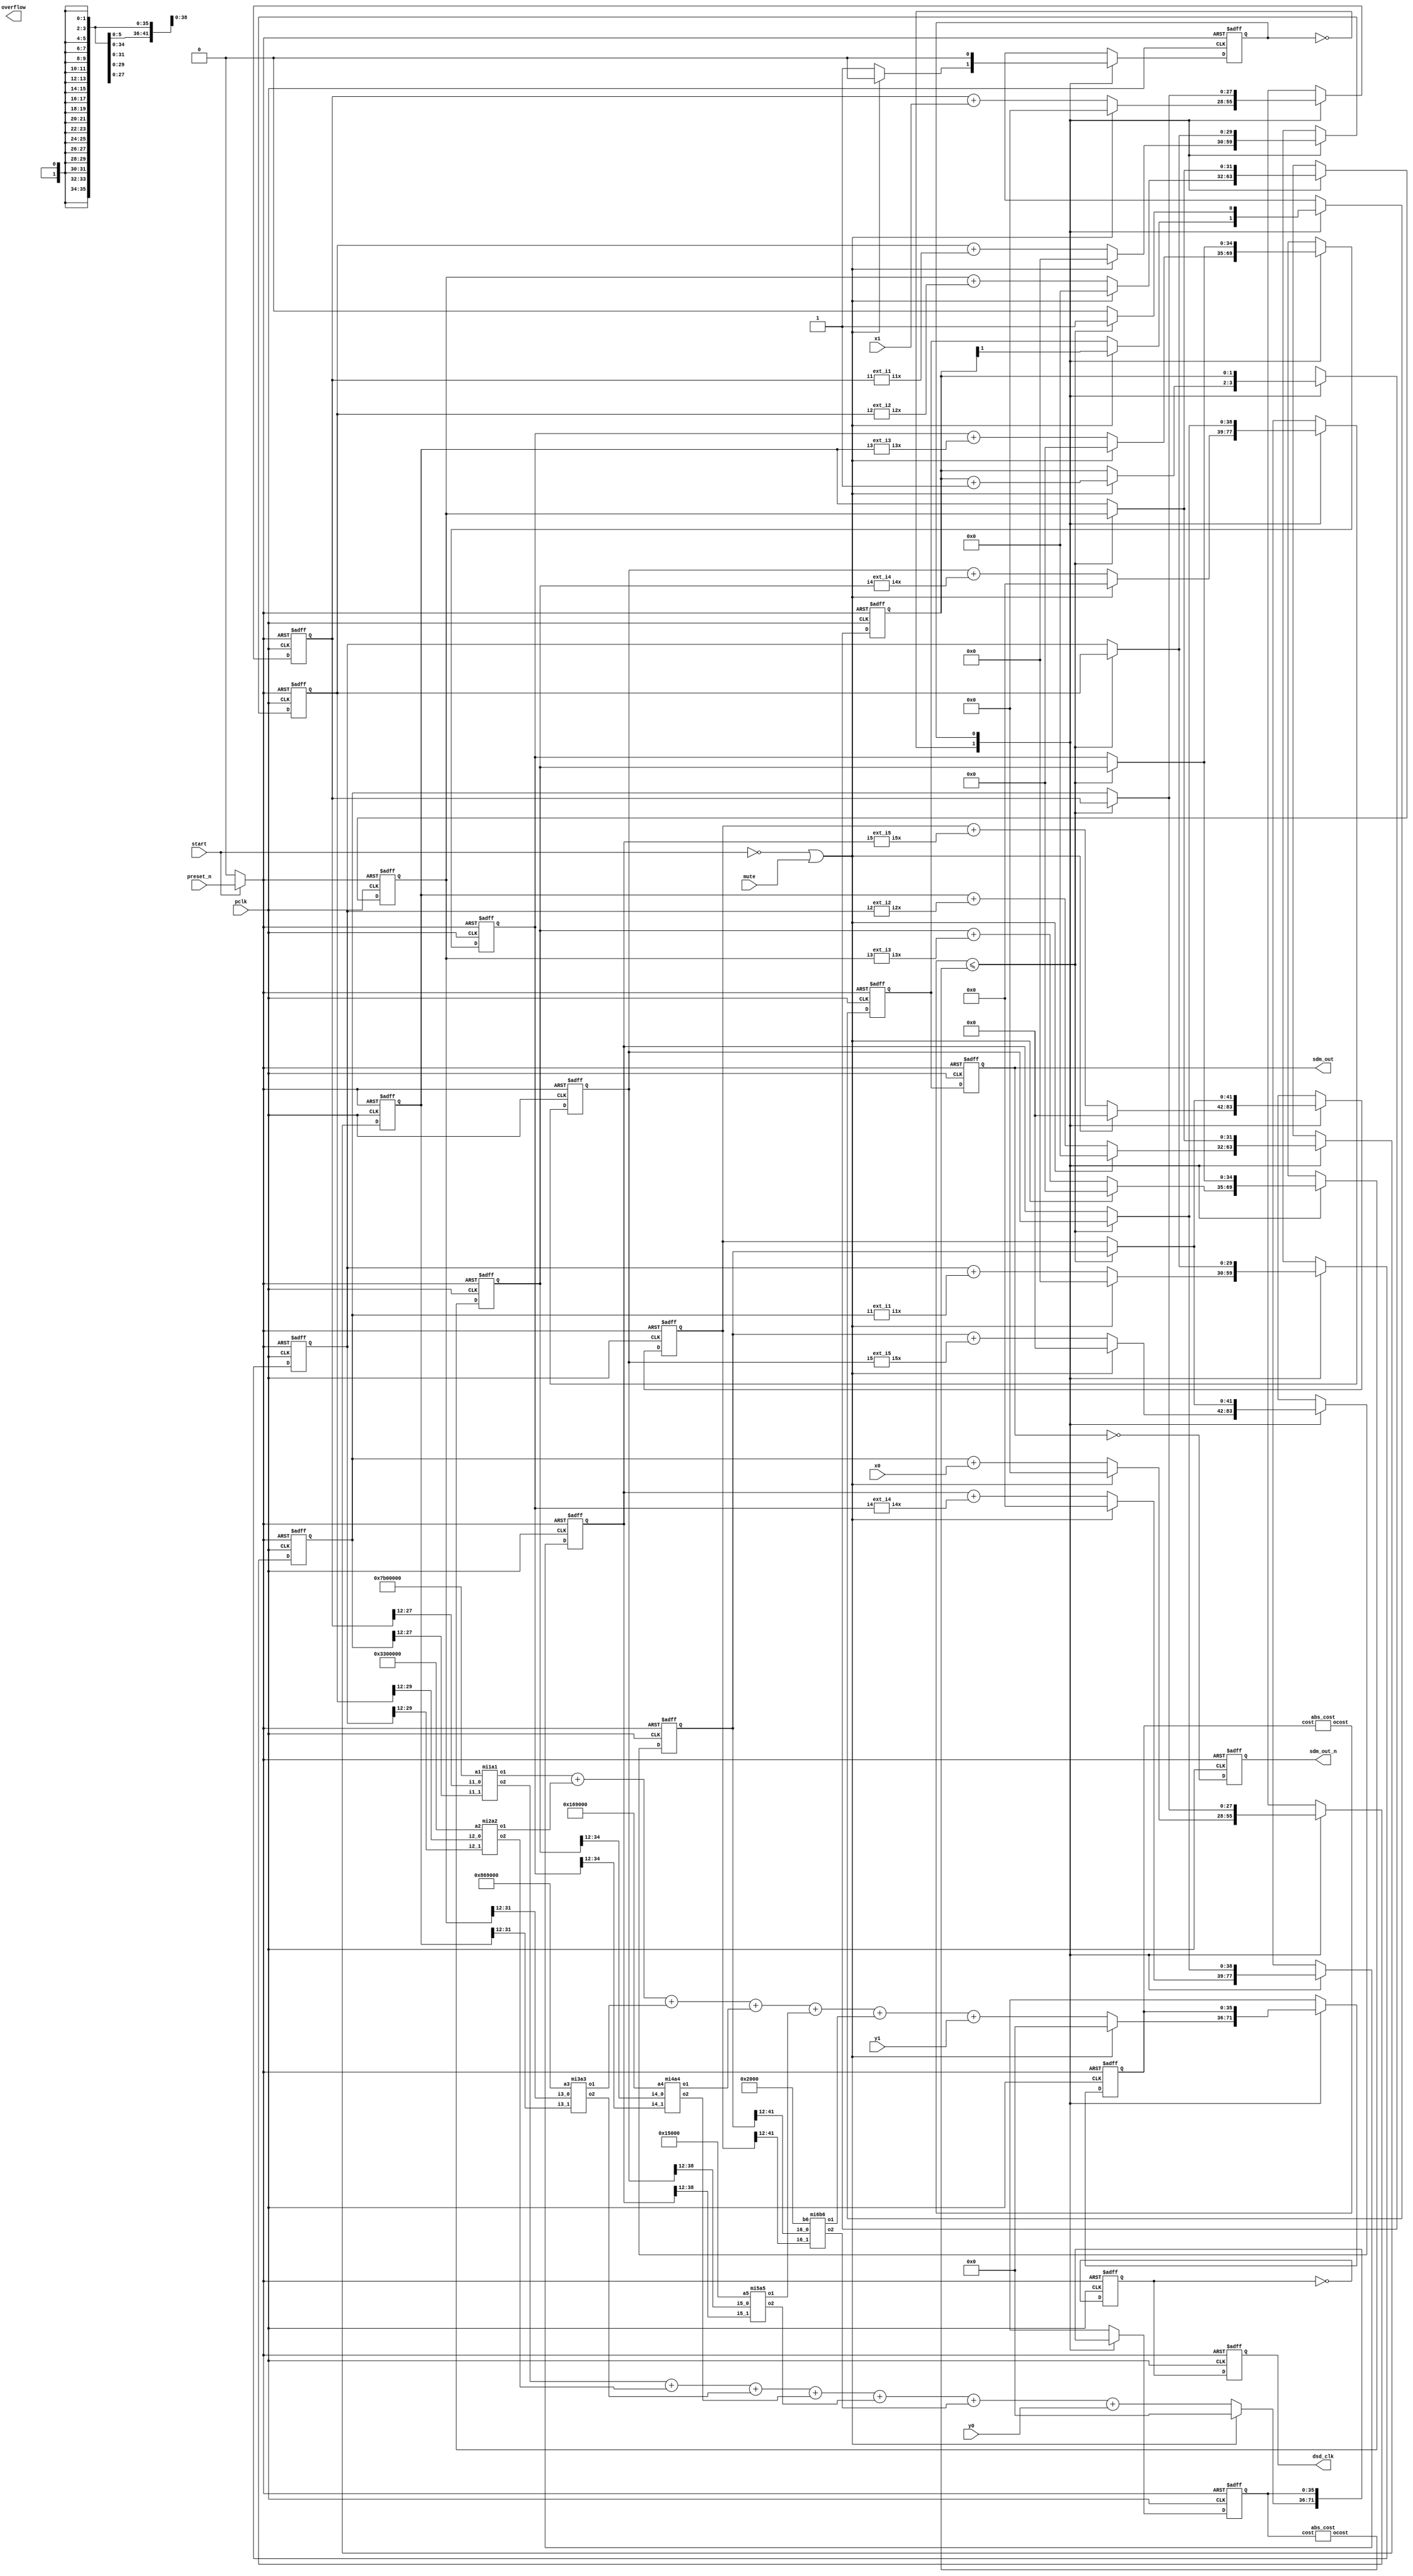

//
//max i1-i6: 2 6 2B 15C C46 7347
//max cost: 12
// a1=7b, a2=33, a3=869, a4=169, a5=15; 
////THD=-187.573323
//b1=0x4F; b2=0x2C; b3=0x713; b4=0x156; b5=0x13;
//b6=0x2; f1=0x0; f2=0x0; f3=0xd;

//`define A1 36'h7B00000
//`define A2 36'h3300000
//`define A3 36'h869000
//`define A4 36'h169000
//`define A5 36'h15000
//`define B6 36'h2000

module pipe_sdm(
input pclk,   //45.1584MHz
input preset_n,

input signed [27:0]x0, 
input signed [27:0]x1, 
input signed [35:0]y0,
input signed [35:0]y1,

input start,
input mute,
output overflow,
output reg dsd_clk,    //for debugging, can combine dsd_clk and sdm_out to drive a DSD DAC chip
output reg sdm_out,
output reg sdm_out_n
);

parameter A1 = 36'h7B00000;
parameter A2 = 36'h3300000;
parameter A3 = 36'h869000;
parameter A4 = 36'h169000;
parameter A5 = 36'h15000;
parameter B6 = 36'h2000; 

reg reset_n;
always @* if (start == 0) reset_n = 0; else reset_n = preset_n;

reg of;
reg [27:0] buffer;
always @(posedge dsd_clk or negedge reset_n)
    if (1'b0==reset_n) begin
        buffer <= 28'hAAAAAAA;
        of <= 1'b0;
        end
    else begin
        buffer <= {sdm_out, buffer[27:1]};
        if (1'b0 == of) of <= (buffer == 28'h0 || buffer == 28'hfffffff);
        end 


//integrators
//SDM 0
reg signed [27:0] i1_0, n_i1_0;
reg signed [29:0] i2_0, n_i2_0;
reg signed [31:0] i3_0, n_i3_0;
reg signed [34:0] i4_0, n_i4_0;
reg signed [38:0] i5_0, n_i5_0;
reg signed [41:0] i6_0, n_i6_0;
//SDM 1
reg signed [27:0] i1_1, n_i1_1;
reg signed [29:0] i2_1, n_i2_1;
reg signed [31:0] i3_1, n_i3_1;
reg signed [34:0] i4_1, n_i4_1;
reg signed [38:0] i5_1, n_i5_1;
reg signed [41:0] i6_1, n_i6_1;

wire signed [29:0] i1x_0, i1x_1;
ext_i1 Uxi1_0(.i1(i1_0), .i1x(i1x_0));
ext_i1 Uxi1_1(.i1(i1_1), .i1x(i1x_1));

wire signed [31:0] i2x_0, i2x_1;
ext_i2 Uxi2_0(.i2(i2_0), .i2x(i2x_0));
ext_i2 Uxi2_1(.i2(i2_1), .i2x(i2x_1));

wire signed [34:0] i3x_0, i3x_1;
ext_i3 Uxi3_0(.i3(i3_0), .i3x(i3x_0));
ext_i3 Uxi3_1(.i3(i3_1), .i3x(i3x_1));

wire signed [38:0] i4x_0, i4x_1;
ext_i4 Uxi4_0(.i4(i4_0), .i4x(i4x_0));
ext_i4 Uxi4_1(.i4(i4_1), .i4x(i4x_1));

wire signed [41:0] i5x_0, i5x_1;
ext_i5 Uxi5_0(.i5(i5_0), .i5x(i5x_0));
ext_i5 Uxi5_1(.i5(i5_1), .i5x(i5x_1));

//costs
reg signed [35:0] cost_0, n_cost_0; // SDM 0
reg signed [35:0] cost_1, n_cost_1; // SDM 1
//reg signed [35:0] db;

reg state, n_state;
reg [1:0] i, n_i;
reg symbol_out, n_symbol_out;
reg dsdck, n_dsdck;

// jitter reduction, use master_clk to buffer sdm_out
always @(posedge pclk or negedge reset_n)
    if (reset_n == 0) begin
        sdm_out <= 0;
        sdm_out_n <= 0;
        dsd_clk <= 0;
        end
    else begin
        sdm_out <= symbol_out;
        sdm_out_n <= ~sdm_out;
        dsd_clk <= dsdck;
        end

//multipliers:
wire signed [35:0] mul_i1_a1_0, mul_i1_a1_1;
mi1a1 Um1a1(.a1(A1), .i1_0(i1_0[27:12]), .i1_1(i1_1[27:12]), .o1(mul_i1_a1_0), .o2(mul_i1_a1_1));

wire signed [35:0] mul_i2_a2_0, mul_i2_a2_1;
mi2a2 Um2a2(.a2(A2), .i2_0(i2_0[29:12]), .i2_1(i2_1[29:12]), .o1(mul_i2_a2_0), .o2(mul_i2_a2_1));

wire signed [35:0] mul_i3_a3_0, mul_i3_a3_1;
mi3a3 Um3a3(.a3(A3), .i3_0(i3_0[31:12]), .i3_1(i3_1[31:12]), .o1(mul_i3_a3_0), .o2(mul_i3_a3_1));

wire signed [35:0] mul_i4_a4_0, mul_i4_a4_1;
mi4a4 Um4a4(.a4(A4), .i4_0(i4_0[34:12]), .i4_1(i4_1[34:12]), .o1(mul_i4_a4_0), .o2(mul_i4_a4_1));

wire signed [35:0] mul_i5_a5_0, mul_i5_a5_1;
mi5a5 Um5a5(.a5(A5), .i5_0(i5_0[38:12]), .i5_1(i5_1[38:12]), .o1(mul_i5_a5_0), .o2(mul_i5_a5_1));

wire signed [35:0] mul_i6_b6_0, mul_i6_b6_1;
mi6b6 Um6b6(.b6(B6), .i6_0(i6_0[41:12]), .i6_1(i6_1[41:12]), .o1(mul_i6_b6_0), .o2(mul_i6_b6_1));

// abs(cost)
wire signed [11:0] abs_cost_0, abs_cost_1;
abs_cost Uabs1(.cost(cost_0), .ocost(abs_cost_0));
abs_cost Uabs2(.cost(cost_1), .ocost(abs_cost_1));


/////// SDM512 FSM ////////
always @(posedge pclk or negedge reset_n)
    if (reset_n == 0) begin
        state <= 0;
        i <= 0;
        i1_0 <= 0; i1_1 <= 0;
        i2_0 <= 0; i2_1 <= 0;
        i3_0 <= 0; i3_1 <= 0;
        i4_0 <= 0; i4_1 <= 0;
        i5_0 <= 0; i5_1 <= 0;
        i6_0 <= 0; i6_1 <= 0;
        cost_0 <= 0; cost_1 <= 0;
        symbol_out <= 0;
        dsdck <= 0;
        end
    else begin
        state <= n_state;
        i <= n_i;
        i1_0 <= n_i1_0;  i1_1 <= n_i1_1;
        i2_0 <= n_i2_0;  i2_1 <= n_i2_1;
        i3_0 <= n_i3_0;  i3_1 <= n_i3_1;
        i4_0 <= n_i4_0;  i4_1 <= n_i4_1;
        i5_0 <= n_i5_0;  i5_1 <= n_i5_1;
        i6_0 <= n_i6_0;  i6_1 <= n_i6_1;
        cost_0 <= n_cost_0;   cost_1 <= n_cost_1;
        symbol_out <= n_symbol_out;
        dsdck <= n_dsdck;
        end

parameter PIPE_SDM_00 = 1'b0;
parameter PIPE_SDM_10 = 1'b1;

always @* begin
    n_state = state;
    n_i = i;
    n_dsdck = ~dsdck;
    n_symbol_out = symbol_out; 
    n_i1_0 = i1_0; n_i1_1 = i1_1;
    n_i2_0 = i2_0; n_i2_1 = i2_1;
    n_i3_0 = i3_0; n_i3_1 = i3_1;
    n_i4_0 = i4_0; n_i4_1 = i4_1;
    n_i5_0 = i5_0; n_i5_1 = i5_1;
    n_i6_0 = i6_0; n_i6_1 = i6_1;
    n_cost_0 = cost_0; n_cost_1 = cost_1;
    case(state)
PIPE_SDM_00: begin
    #1 if (start == 0 || mute == 1) begin
        #1 n_i[1:0] = i[1:0] + 2'h1;
        #1 n_symbol_out = i[1];             //sending mute
        #1 n_i1_0 = 0;  n_i1_1 = 0;
        #1 n_i2_0 = 0;  n_i2_1 = 0;
        #1 n_i3_0 = 0;  n_i3_1 = 0;
        #1 n_i4_0 = 0;  n_i4_1 = 0;
        #1 n_i5_0 = 0;  n_i5_1 = 0;
        #1 n_i6_0 = 0;  n_i6_1 = 0;
        #1 n_cost_0 = 0; n_cost_1 = 0;
        end
    else begin
        #1 n_i1_0 = i1_0 + x1;
        #1 n_i1_1 = i1_1 + x0;
        #1 n_i2_0 = i2_0 + i1x_0;
        #1 n_i2_1 = i2_1 + i1x_1;
        #1 n_i3_0 = i3_0 + i2x_0;
        #1 n_i3_1 = i3_1 + i2x_1;
        #1 n_i4_0 = i4_0 + i3x_0;
        #1 n_i4_1 = i4_1 + i3x_1;
        #1 n_i5_0 = i5_0 + i4x_0;
        #1 n_i5_1 = i5_1 + i4x_1;
        #1 n_i6_0 = i6_0 + i5x_0;
        #1 n_i6_1 = i6_1 + i5x_1;

        #1 n_cost_0 = mul_i1_a1_0 + mul_i2_a2_0 + mul_i3_a3_0 + mul_i4_a4_0 + mul_i5_a5_0 + mul_i6_b6_0 + y1;
        #1 n_cost_1 = mul_i1_a1_1 + mul_i2_a2_1 + mul_i3_a3_1 + mul_i4_a4_1 + mul_i5_a5_1 + mul_i6_b6_1 + y0;

        #1 n_state = PIPE_SDM_10;

        //#1 db = mul_i1_a1_1;
        //#10 $display("@@@@= 111 %d %d %d %d", x0, x1, y0, y1);  
        //#100 $display("#1  I1=%d I2=%d I3=%d I4=%d I5=%d I6=%d",
        //    n_i1_0, n_i2_0,n_i3_0,n_i4_0,n_i5_0,n_i6_0);  
        //#10 $display("#2  I1=%d I2=%d I3=%d I4=%d I5=%d I6=%d",
        //    n_i1_1, n_i2_1,n_i3_1,n_i4_1,n_i5_1,n_i6_1);  
        //#10 $display("NCOST %d %d %d %d", n_cost_0, n_cost_1, y1, y0);
        //#10 $display("MUL1: i1 %d m1 %d i2 %d m2 %d", i1_0, mul_i1_a1_0, i2_0,  mul_i2_a2_0);
        //#10 $display("MUL2: i1 %d m1 %d i2 %d m2 %d", i1_1, mul_i1_a1_1, i2_1,  mul_i2_a2_0);
        //#10 $display("db: %d ", db);

//        #100 if (symbol_out) 
//                 $display("@@@@=%d",  32000);   //must delay to allow logic settle
//            else
//                 $display("@@@@=%d",  -32000);   //must delay to allow logic settle
        end

    end

PIPE_SDM_10: begin
    #1 n_state = PIPE_SDM_00;
//    #10 $display("COST=%d %d", abs_cost_0, abs_cost_1);  
    #1 if (abs_cost_0 <= abs_cost_1) begin
        #1 n_i1_1 = i1_0;
        #1 n_i2_1 = i2_0;
        #1 n_i3_1 = i3_0;
        #1 n_i4_1 = i4_0;
        #1 n_i5_1 = i5_0;
        #1 n_i6_1 = i6_0;
        #1 n_symbol_out = 1;
        end
    else begin
        #1 n_i1_0 = i1_1;
        #1 n_i2_0 = i2_1;
        #1 n_i3_0 = i3_1;
        #1 n_i4_0 = i4_1;
        #1 n_i5_0 = i5_1;
        #1 n_i6_0 = i6_1;
        #1 n_symbol_out = 0;
        end
    end
    endcase
    end

endmodule


//calculate abs(cost)

module abs_cost(
input signed [35:0] cost,
output signed [11:0] ocost
);

wire signed [35:0] y;
assign y = cost[35] ?   36'h0 - cost : cost;
assign ocost = y[35:24];

endmodule


//a1=7b, a2=33, a3=869, a4=169, a5=15;

// MUL(i1,a1)
module mi1a1(
input signed[35:0] a1,
input signed[27:12] i1_0,
input signed[27:12] i1_1,
output signed [35:0] o1,
output signed [35:0] o2
);

reg signed [35:0] mul_i1_0_a1; /* synthesis syn_multstyle="logic" */
reg signed [35:0] mul_i1_1_a1; /* synthesis syn_multstyle="logic" */
reg signed [15:0] t100, t101;
reg signed [19:0] ta1;
always @* begin
    ta1 =  {a1[31:12]};
    t100 = {i1_0[27:12]};
    t101 = {i1_1[27:12]};
    #1 mul_i1_0_a1 = t100 * ta1;
    #1 mul_i1_1_a1 = t101 * ta1;
    end

assign o1 = mul_i1_0_a1;
assign o2 = mul_i1_1_a1;
endmodule


//MUL(i2, a2)
module mi2a2(
input signed[35:0] a2,
input signed[29:12] i2_0,
input signed[29:12] i2_1,
output signed [35:0] o1,
output signed [35:0] o2
);

reg signed [35:0] mul_i2_0_a2; /* synthesis syn_multstyle="logic" */
reg signed [35:0] mul_i2_1_a2; /* synthesis syn_multstyle="logic" */
reg signed [17:0] t200, t201;
reg signed [17:0] ta2;
always @* begin
    ta2 =  {a2[29:12]};
    t200 = {i2_0[29:12]};
    t201 = {i2_1[29:12]};
    #1 mul_i2_0_a2 = t200 * ta2;
    #1 mul_i2_1_a2 = t201 * ta2;
    end

assign o1 = mul_i2_0_a2;
assign o2 = mul_i2_1_a2;
endmodule


//MUL(i3, a3)
module mi3a3(
input signed [35:0] a3,
input signed[31:12] i3_0,
input signed[31:12] i3_1,
output signed [35:0] o1,
output signed [35:0] o2
);

reg signed [35:0] mul_i3_0_a3; /* synthesis syn_multstyle="logic" */
reg signed [35:0] mul_i3_1_a3; /* synthesis syn_multstyle="logic" */
reg signed [19:0] t300, t301;
reg signed [15:0] ta3;
always @* begin
    ta3 =  {a3[27:12]};
    t300 = {i3_0[31:12]};
    t301 = {i3_1[31:12]};
    #1 mul_i3_0_a3 = t300 * ta3;
    #1 mul_i3_1_a3 = t301 * ta3;
    end

assign o1 = mul_i3_0_a3;
assign o2 = mul_i3_1_a3;
endmodule

//MUL(i4, a4)
module mi4a4(
input signed [35:0] a4,
input signed[34:12] i4_0,
input signed[34:12] i4_1,
output signed [35:0] o1,
output signed [35:0] o2
);


reg signed [35:0] mul_i4_0_a4; /* synthesis syn_multstyle="logic" */
reg signed [35:0] mul_i4_1_a4; /* synthesis syn_multstyle="logic" */
reg signed [22:0] t400, t401;
reg signed [12:0] ta4;
always @* begin
    ta4 =  {a4[24:12]};
    t400 = {i4_0[34:12]};
    t401 = {i4_1[34:12]};
    #1 mul_i4_0_a4 = t400 * ta4;
    #1 mul_i4_1_a4 = t401 * ta4;
    end

assign o1 = mul_i4_0_a4;
assign o2 = mul_i4_1_a4;
endmodule

//MUL(i5, a5)
module mi5a5(
input signed [35:0] a5,
input signed[38:12] i5_0,
input signed[38:12] i5_1,
output signed [35:0] o1,
output signed [35:0] o2
);

reg signed [35:0] mul_i5_0_a5; /* synthesis syn_multstyle="logic" */
reg signed [35:0] mul_i5_1_a5; /* synthesis syn_multstyle="logic" */
reg signed [26:0] t500, t501;
reg signed [8:0] ta5;
always @* begin
    ta5 =  {a5[20:12]};
    t500 = {i5_0[38:12]};
    t501 = {i5_1[38:12]};
    #1 mul_i5_0_a5 = t500 * ta5;
    #1 mul_i5_1_a5 = t501 * ta5;
    end

assign o1 = mul_i5_0_a5;
assign o2 = mul_i5_1_a5;
endmodule


//MUL(i6, b6)
module mi6b6(
input signed [35:0] b6, 
input signed[41:12] i6_0,
input signed[41:12] i6_1,
output signed [35:0] o1,
output signed [35:0] o2
);

reg signed [35:0] mul_i6_0_b6; /* synthesis syn_multstyle="logic" */
reg signed [35:0] mul_i6_1_b6; /* synthesis syn_multstyle="logic" */

reg signed [29:0] t600, t601;
reg signed [5:0] tb6;
always @* begin
    tb6 =  {b6[17:12]};
    t600 = {i6_0[41:12]};
    t601 = {i6_1[41:12]};
    #1 mul_i6_0_b6 = t600 * tb6;
    #1 mul_i6_1_b6 = t601 * tb6;
    end

assign o1 = mul_i6_0_b6;
assign o2 = mul_i6_1_b6;
endmodule


////bit extensions...../////
module ext_i1(input signed [27:0]i1, output signed [29:0] i1x);
   assign i1x = i1[27]? {2'b11, i1}: {2'b00, i1};
endmodule

module ext_i2(input signed [29:0]i2, output signed [31:0] i2x);
   assign i2x = i2[29]? {2'b11, i2}: {2'b00, i2};
endmodule

module ext_i3(input signed [31:0]i3, output signed [34:0] i3x);
   assign i3x = i3[31]? {3'b111, i3}: {3'b000, i3};
endmodule

module ext_i4(input signed [34:0]i4, output signed [38:0] i4x);
   assign i4x = i4[34]? {4'b1111, i4}: {4'b0000, i4};
endmodule

module ext_i5(input signed [38:0]i5, output signed [41:0] i5x);
   assign i5x = i5[38]? {3'b111, i5}: {3'b000, i5};
endmodule